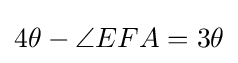
4\theta -\angle EFA=3\theta